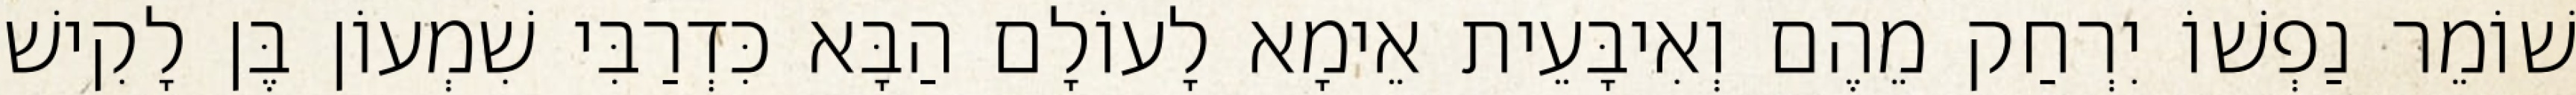
שׁוֹמֵר נַפְשׁוֹ יִרְחַק מֵהֶם וְאִיבָּעֵית אֵימָא לָעוֹלָם הַבָּא כִּדְרַבִּי שִׁמְעוֹן בֶּן לָקִישׁ